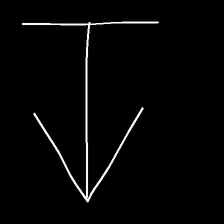
Glyph: levitation